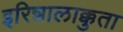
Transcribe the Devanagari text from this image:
इरिन्नालाक्कुता